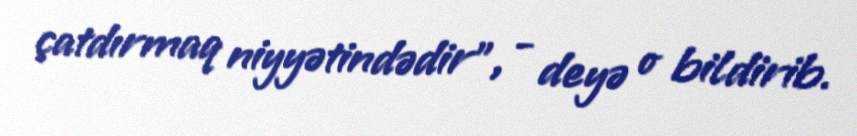
çatdırmaq niyyətindədir”, - deyə o bildirib.